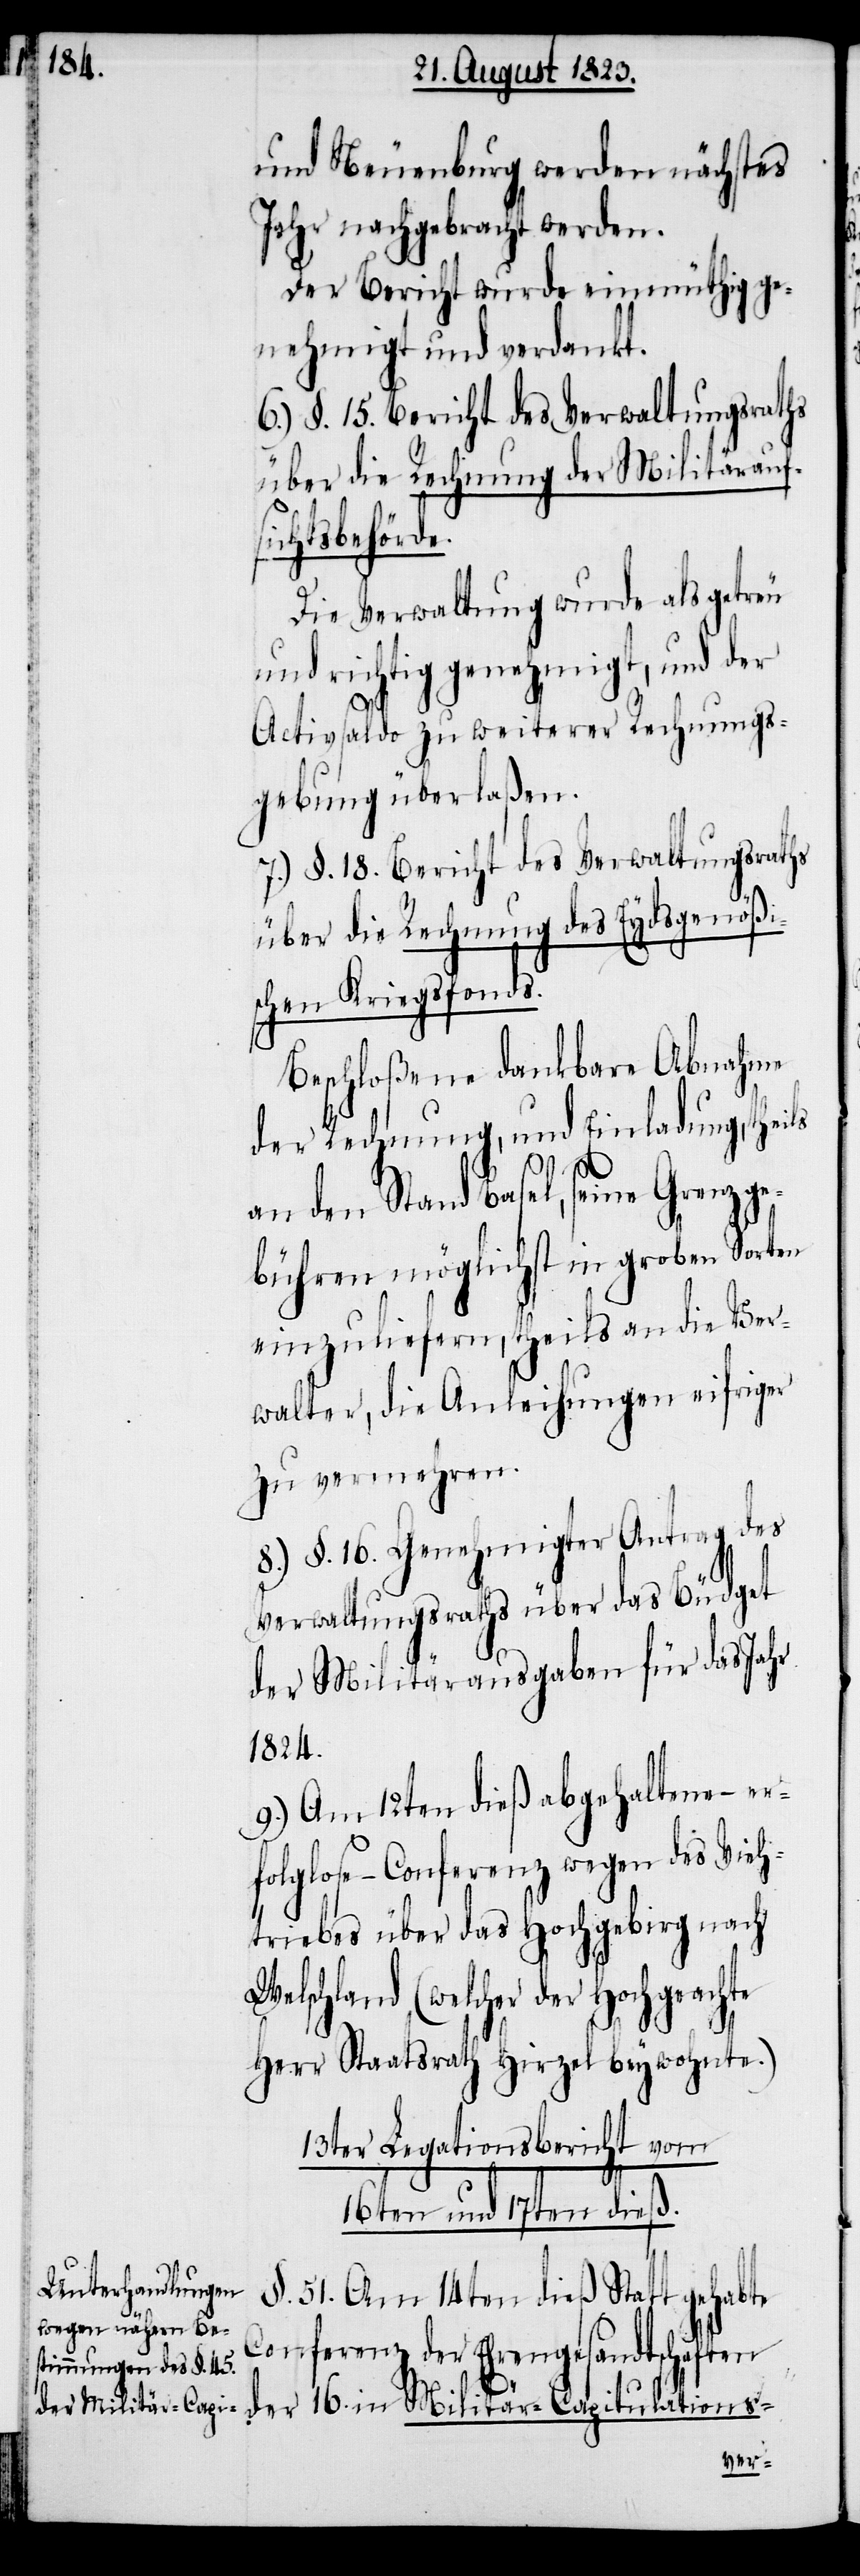
und Neuenburg werden nächstes
Jahr nachgebracht werden.
Der Bericht wurde einmüthig ge¬
nehmigt und verdankt.
6.) §. 15. Bericht des Verwaltungsraths
über die Rechnung der Militäraufsi¬
chtsbehörde.
Die Verwaltung wurde als getreu
und richtig genehmigt, und der
Activsaldo zu weiterer Rechnungs¬
gebung überlaßen.
7.) §. 18. Bericht des Verwaltungsraths
über die Rechnung des Eydsgenößi¬
schen Kriegsfonds.
Beschloßene dankbare Abnahme
der Rechnung, und Einladung, theils
an den Stand Basel, seine Grenzge¬
bühren möglichst in groben Sorten
einzuliefern, theils an die Ver¬
walter, die Anleihungen eifriger
zu vermehren.
8.) §. 16. Genehmigter Antrag des
Verwaltungsraths über das Büdget
der Militärausgaben für das Jahr
1824.
9.) Am 12ten dieß abgehaltene – er¬
folglose – Conferenz wegen des Vieh¬
triebes über das Hochgebirg nach
Welschland (welcher der Hochgeachte
Herr Staatsrath Hirzel beywohnte.)
13ter Legationsbericht vom
16ten und 17ten dieß.
§. 51. Am 14ten dieß Statt gehabte
Conferenz der Ehrengesandtschaften
der 16. in Militär-Capitulations-